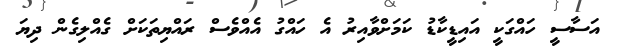
އަސާސީ ހައްގަކީ އައިޑީކާޑު ކަމަށްވާއިރު އެ ހައްގު އެއްވެސް ރައްޔިތަކަށް ގެއްލިގެން ދިޔަ